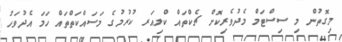
މިގޮތުން މި ސިސްޓަމް މެދުވެރިކޮށް ޗެކްތައް ކްލިއަރ ކުރުމުގެ މަސައްކަތްތައް ހަމަ އެދުވަހު